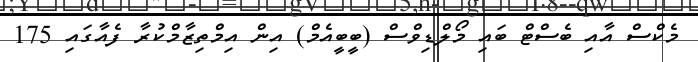
މެކްސް އާއި ބެސްޓް ބައި މޯލްޑިވްސް (ބީބީއެމް) އިން އިމްތިޒާމްކުރާ ފެއާގައި 175